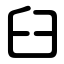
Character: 臼